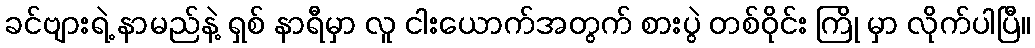
ခင်ဗျားရဲ့ နာမည်နဲ့ ရှစ် နာရီမှာ လူ ငါးယောက်အတွက် စားပွဲ တစ်ဝိုင်း ကြို မှာ လိုက်ပါပြီ။